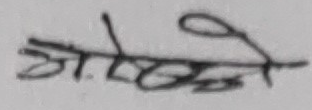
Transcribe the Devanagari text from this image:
ओ.एल.खेती